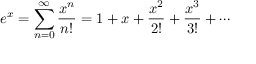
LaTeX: e ^ { x } = \sum _ { n = 0 } ^ { \infty } { \frac { x ^ { n } } { n ! } } = 1 + x + { \frac { x ^ { 2 } } { 2 ! } } + { \frac { x ^ { 3 } } { 3 ! } } + \cdots